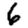
Digit: 6